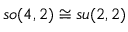
{ \mathfrak { s o } } ( 4 , 2 ) \cong { \mathfrak { s u } } ( 2 , 2 )